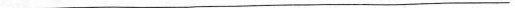
___